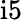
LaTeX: \mathrm{i}5